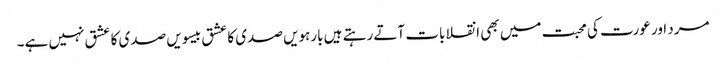
مرد اور عورت کی محبت میں بھی انقلابات آتے رہتے ہیں بارہویں صدی کا عشق بیسویں صدی کا عشق نہیں ہے۔